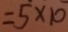
= 5 \times 1 0